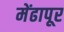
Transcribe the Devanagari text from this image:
मेंढापूर